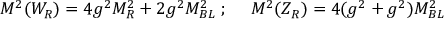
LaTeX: M ^ { 2 } ( W _ { R } ) = 4 g ^ { 2 } M _ { R } ^ { 2 } + 2 g ^ { 2 } M _ { B L } ^ { 2 } \; ; \; \quad M ^ { 2 } ( Z _ { R } ) = 4 ( g ^ { 2 } + g ^ { 2 } ) M _ { B L } ^ { 2 }